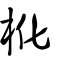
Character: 杹